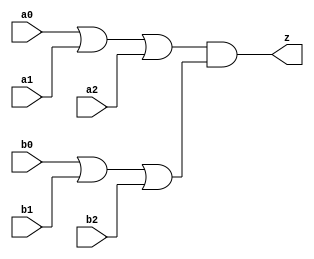
//#############################################################################
//# Function: Or-And (oa33) Gate                                              #
//# Copyright: OH Project Authors. ALl rights Reserved.                       #
//# License:  MIT (see LICENSE file in OH repository)                         # 
//#############################################################################

module oh_oa33 #(parameter DW = 1 ) // array width
   (
    input [DW-1:0]  a0,
    input [DW-1:0]  a1,
    input [DW-1:0]  a2,
    input [DW-1:0]  b0,
    input [DW-1:0]  b1,
    input [DW-1:0]  b2, 
    output [DW-1:0] z
    );
   
   assign z = (a0 | a1 | a2) & (b0 | b1 | b2);
   
endmodule